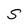
Character: S